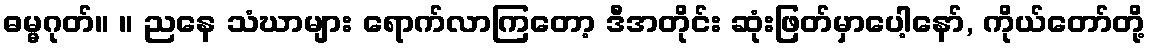
ဓမ္မဂုတ်။ ။ ညနေ သံဃာများ ရောက်လာကြတော့ ဒီအတိုင်း ဆုံးဖြတ်မှာပေါ့နော်, ကိုယ်တော်တို့